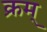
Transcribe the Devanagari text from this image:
क्रम्